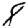
Digit: 8